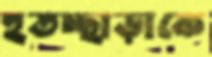
হতচ্ছাড়াকে